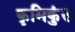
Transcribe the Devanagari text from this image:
कृमिकुंड